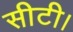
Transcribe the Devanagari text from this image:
सीटी।